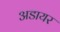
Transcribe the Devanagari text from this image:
अडायर